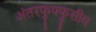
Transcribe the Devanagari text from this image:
अंतरफुफ्फुसीय